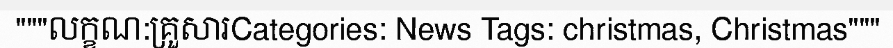
"""លក្ខណ:គ្រួសារCategories: News Tags: christmas, Christmas"""